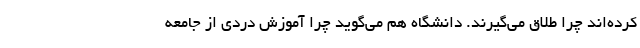
کرده‌اند چرا طلاق می‌گیرند. دانشگاه هم می‌گوید چرا آموزش دردی از جامعه